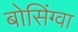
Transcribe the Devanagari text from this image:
बोसिंग्वा